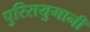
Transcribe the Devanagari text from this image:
पुरिसयुगानी